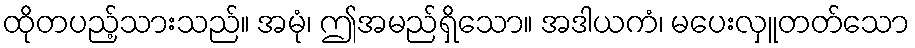
ထိုတပည့်သားသည်။ အမုံ၊ ဤအမည်ရှိသော။ အဒါယကံ၊ မပေးလှူတတ်သော